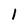
Character: I